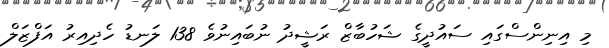
މި އިނިންސްގައި ސައުދީގެ ޝަހުބާޒް ރަޝީދު ނުބައިނުވެ 138 ލަނޑު ހެދިއިރު އަފްޒަލް